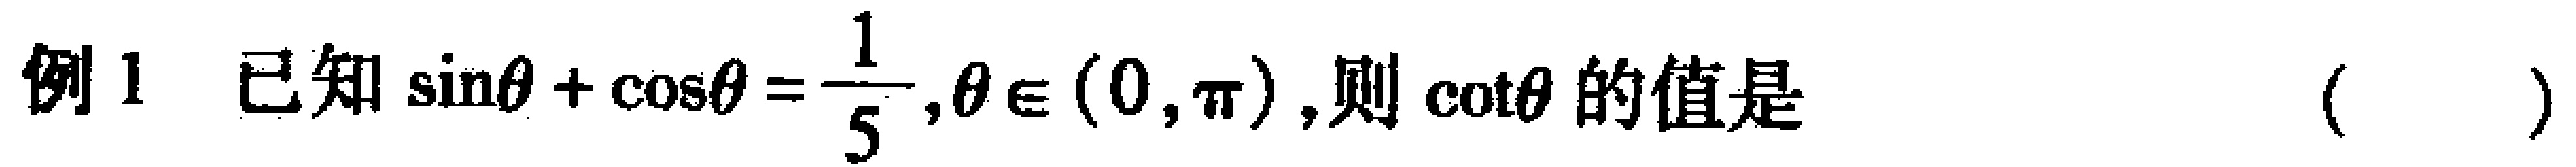
例1 已知$\sin\theta+\cos\theta=\dfrac{1}{5},\theta\in(0,\pi)$,则$\cot\theta$的值是（  ）